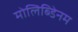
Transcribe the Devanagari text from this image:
मोलिब्डेिनम